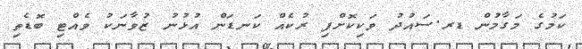
ކަމުގެ މަގާމުން ޑރ.ސައުދު ވަކިކޮށްފި ރުކެއް ކަނޑަން އުޅުނު ޒުވާނަކު ވެއްޓި ބޮޑެތި